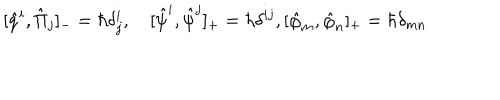
[ \hat { q } ^ { i } , \hat { \Pi } _ { j } ] _ { - } = \hbar \delta _ { j } ^ { i } , \quad [ \hat { \psi } ^ { i } , \hat { \psi } ^ { j } ] _ { + } = \hbar \delta ^ { i j } , [ \hat { \varphi } _ { m } , \hat { \varphi } _ { n } ] _ { + } = \hbar \delta _ { m n }